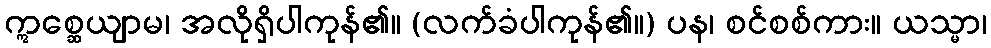
ဣစ္ဆေယျာမ၊ အလိုရှိပါကုန်၏။ (လက်ခံပါကုန်၏။) ပန၊ စင်စစ်ကား။ ယသ္မာ၊